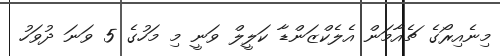
މިނެއިރޯގެ ޗެއާމަން އެލެކްޒަންޑާ ކަލީލް ވަނީ މި މަހުގެ 5 ވަނަ ދުވަހު